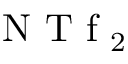
\textrm { N T f } _ { 2 }